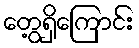
တွေ့ရှိကြောင်း